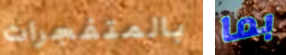
بالمتفجرات بما